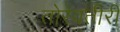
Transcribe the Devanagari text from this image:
तोरेवतीरीं